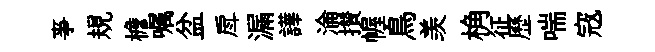
亊規檐嘱盆戽漏譁淪攅幄鳥羡桷征歷喘𡨥